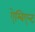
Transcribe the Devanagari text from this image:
ऐम्बिएन्ट